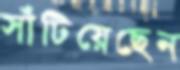
সাঁটিয়েছেন